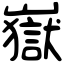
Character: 嶽